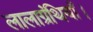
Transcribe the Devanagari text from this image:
लालाग्रंथियाँ।